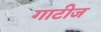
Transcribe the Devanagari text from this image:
गाटीज